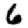
Digit: 6